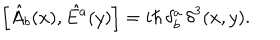
\left[ \hat { A } _ { b } ( x ) , \hat { E ^ { a } } ( y ) \right] = i \hbar \, \delta _ { b } ^ { a } \, { \delta } ^ { 3 } ( x , y ) .